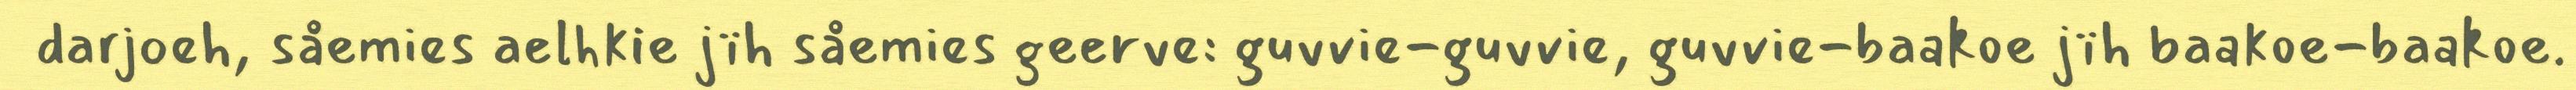
darjoeh, såemies aelhkie jïh såemies geerve: guvvie-guvvie, guvvie-baakoe jïh baakoe-baakoe.